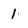
Character: 1